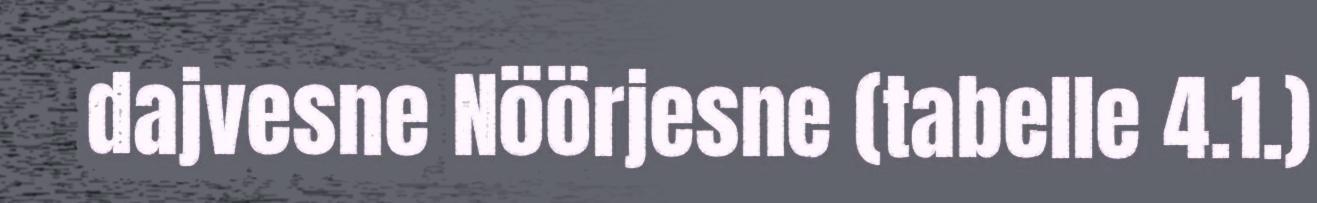
dajvesne Nöörjesne (tabelle 4.1.)